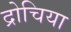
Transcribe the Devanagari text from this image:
द्रोचिया